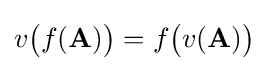
v{\big (}f(\mathbf {A} ){\big )}=f{\big (}v(\mathbf {A} ){\big )}